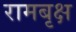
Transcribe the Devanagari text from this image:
रामबृक्ष